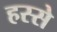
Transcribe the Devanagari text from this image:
हस्से